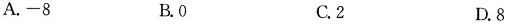
A.-8 B.0 C.2 D.8